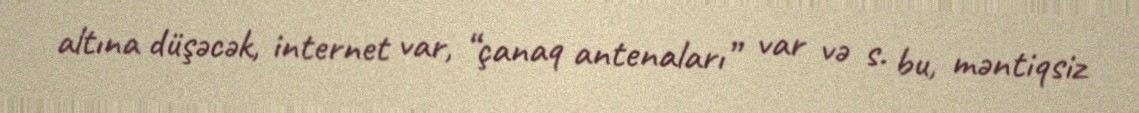
altına düşəcək, internet var, “çanaq antenaları” var və s. bu, məntiqsiz